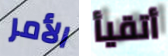
الأمر أتقيأ